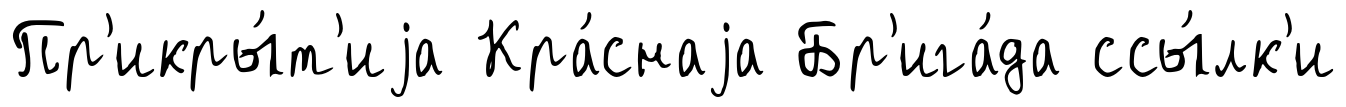
Пр'икры́т'иjа Кра́снаjа Бр'ига́да ссы́лк'и